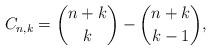
LaTeX: \begin{align*}C_{n,k} = {n+k\choose k} - {n+k \choose k-1},\end{align*}